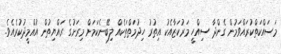
މަސައްކަތްކުރައްވަމުން ގެންދާ ސިއްހީ މަރުކަޒާއެކު އިތުރު ހިދުމަތްތަކެއް ލިބޭނެކަމަށް މިރަށުގެ ރައްޔިތުން އުއްމީދުކުރެއެވެ.